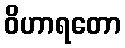
ဝိဟာရတော